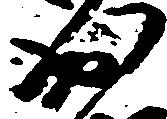
出